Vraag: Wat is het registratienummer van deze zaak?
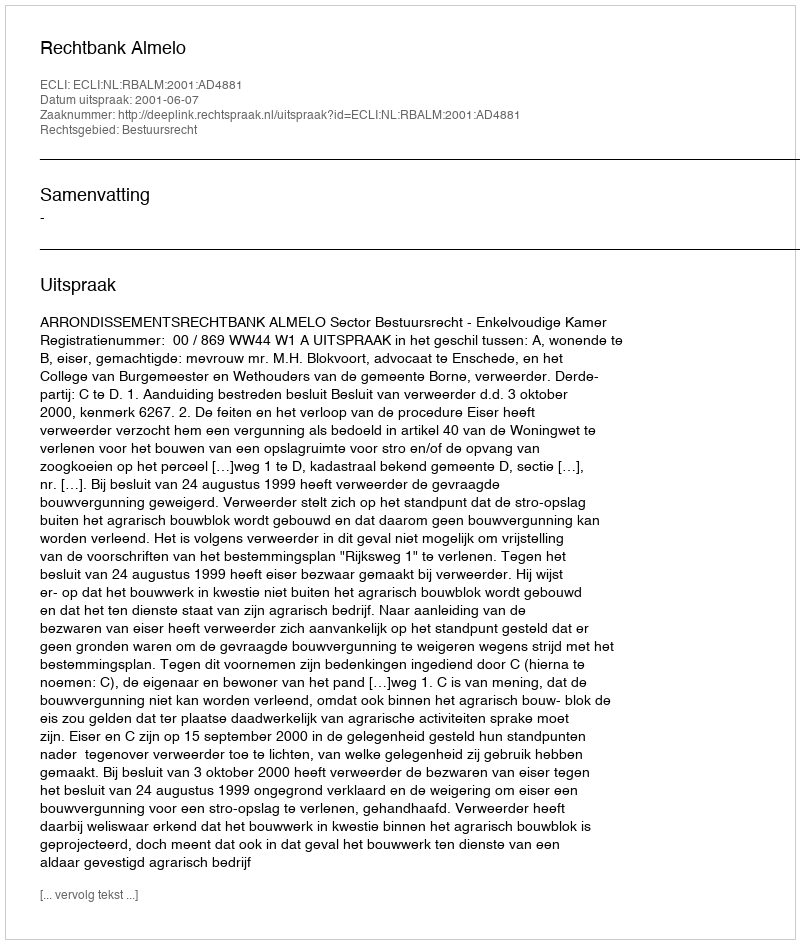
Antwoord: http://deeplink.rechtspraak.nl/uitspraak?id=ECLI:NL:RBALM:2001:AD4881